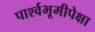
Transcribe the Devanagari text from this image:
पार्श्वभूमीपेक्षा